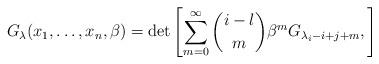
LaTeX: \begin{align*}G_\lambda(x_1,\dots, x_n, \beta)=\det\left[\sum_{m=0}^\infty { {i-l}\choose m}\beta^m G_{\lambda_i-i+j+m}, \right]\end{align*}